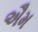
ઐમ